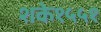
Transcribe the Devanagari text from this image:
शके१५५१